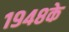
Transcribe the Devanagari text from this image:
१९४८के